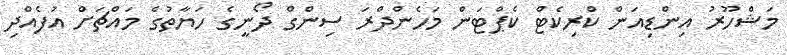
މަޝްހޫރު އިންޑިއަން ކްރިކެޓް ކެޕްޓަން މަހެންދްރަ ސިންގް ދޯނީގެ ހަޔާތުގެ މައްޗަށް އުފެއްދި